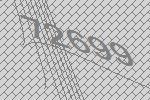
72699